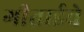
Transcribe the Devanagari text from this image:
गीताईचे